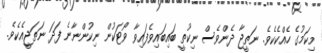
މިކަމުގެ ހެއްކެކެވެ. ނަތީޖާ ދެންވެސް ނިކުތީ ބައިބައިވެފައިވާ ވޯޓަކުން ނިކުންނާނެ ފަދަ ނަތަޖީއެކެވެ.